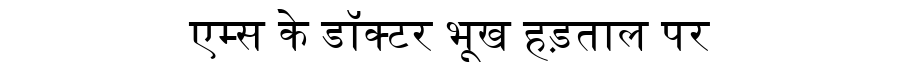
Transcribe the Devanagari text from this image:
एम्स के डॉक्टर भूख हड़ताल पर